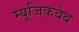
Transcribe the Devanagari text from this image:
म्यूजिकवेब